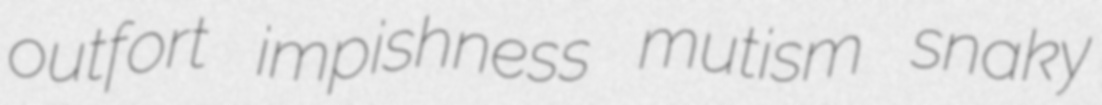
outfort impishness mutism snaky